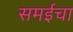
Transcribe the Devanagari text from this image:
समईचा